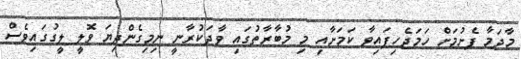
މާދަމާ ފެށުމަށް ހަމަޖެހިފައިވާ ކަމަށާއި މި މުބާރާތުގައި ވާދަކުރާނީ ނިމިގެންދިޔަ ވޮލީ ލީގުގައިވެސް